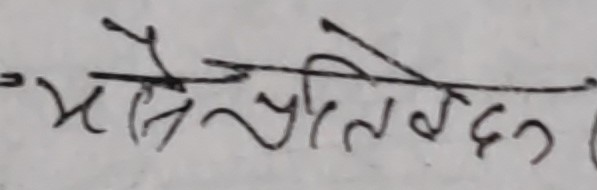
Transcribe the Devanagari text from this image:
मैले प्रतिवेदन